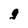
Character: g